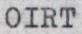
OIRT